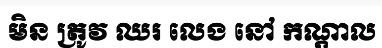
មិន ត្រូវ ឈរ លេង នៅ កណ្តាល